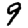
Digit: 9